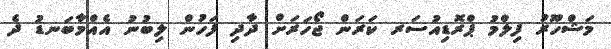
މަޝްހޫރު ފިލްމު ޕްރޮޑިއުސަރ ކަރަން ޖޯހަރަށް ދާދި ފަހުން ލިބުނު އެއްމާބަނޑު ދެ